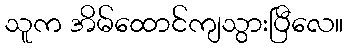
သူက အိမ်ထောင်ကျသွားပြီလေ။